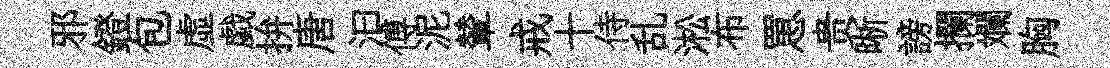
邪鐙包虚戯拚唐汩傅泥輦戒十侍乱淞布罳贵晰謗攔斕胸